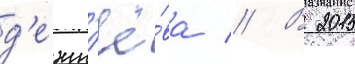
д'ежн'ё́ва // В 2015